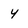
Character: 4